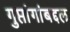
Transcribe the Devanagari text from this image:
गुप्तांगांबद्दल